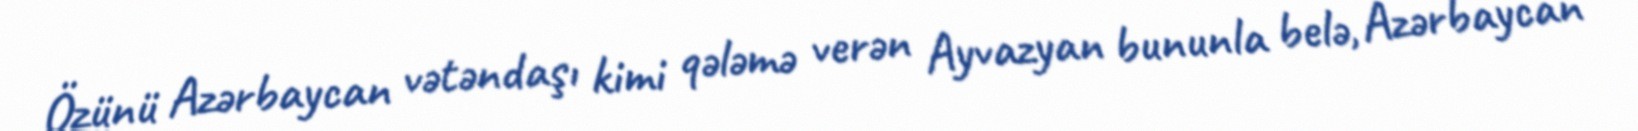
Özünü Azərbaycan vətəndaşı kimi qələmə verən Ayvazyan bununla belə, Azərbaycan